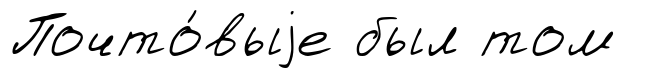
Почто́выjе был том